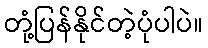
တုံ့ပြန်နိုင်တဲ့ပုံပါပဲ။